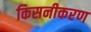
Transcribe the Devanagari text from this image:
किसनीकरण